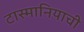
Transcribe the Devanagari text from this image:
टास्मानियाची